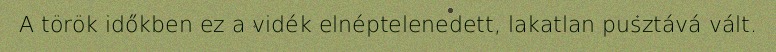
A török időkben ez a vidék elnéptelenedett, lakatlan pusztává vált.